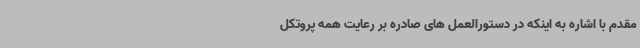
مقدم با اشاره به اینکه در دستورالعمل های صادره بر رعایت همه پروتکل